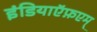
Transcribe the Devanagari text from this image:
इंडियाऍफ़एम्